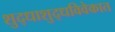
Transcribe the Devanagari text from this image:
शुद्धाशुद्धविवेकात